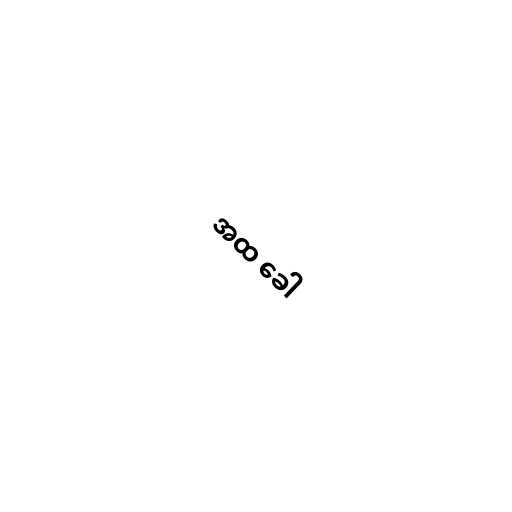
အထ ခေါ